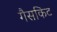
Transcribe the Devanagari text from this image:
गैसकिट